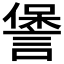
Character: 𮘧